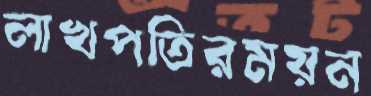
লাখপতিরময়ন